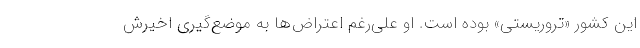
این کشور «تروریستی» بوده است. او علی‌رغم اعتراض‌ها به موضع‌گیری اخیرش